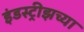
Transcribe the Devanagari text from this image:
इंडस्ट्रीझच्या